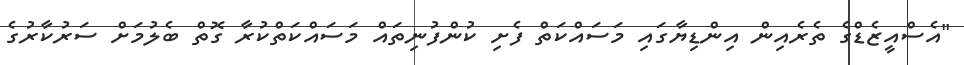
"އެސްއީޒެޑްގެ ތެރެއިން އިންޑިޔާގައި މަސައްކަތް ފެށި ކުންފުނިތައް މަސައްކަތްކުރާ ގޮތް ބެލުމަށް ސަރުކާރުގެ